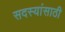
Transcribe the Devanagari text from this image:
सदस्यांसाठी